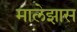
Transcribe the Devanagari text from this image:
मालेझास